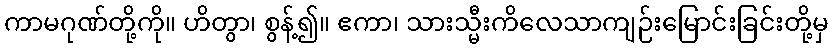
ကာမဂုဏ်တို့ကို။ ဟိတွာ၊ စွန့်၍။ ဧကာ၊ သားသ္မီးကိလေသာကျဉ်းမြောင်းခြင်းတို့မှ